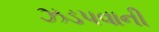
ઝડપવાની